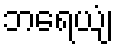
ဘရေယျံ